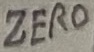
Text: ZERO